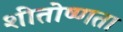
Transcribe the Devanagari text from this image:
शीतोष्णता